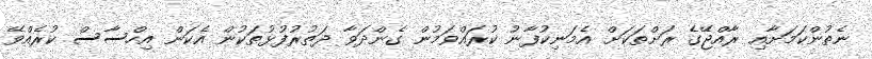
ނެތުންކަމަށާއި ރާއްޖޭގެ ރަށްތަކަށް އެމަނިކުފާނު ކުރައްވަމުން ގެންދަވާ ދަތުރުފުޅުތަކުން އެކަން އިހްސާސް ކުރެއްވޭ